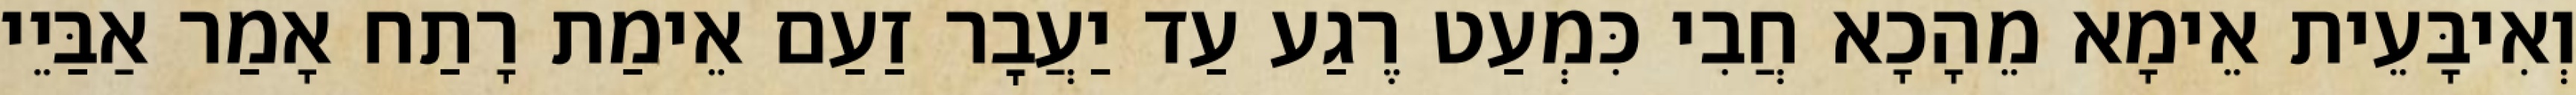
וְאִיבָּעֵית אֵימָא מֵהָכָא חֲבִי כִּמְעַט רֶגַע עַד יַעֲבׇר זַעַם אֵימַת רָתַח אָמַר אַבַּיֵי